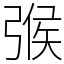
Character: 㢿